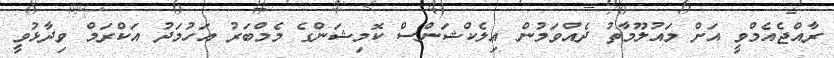
ރާއްޖެއެމްވީ އަށް މައުލޫމާތު ދެއްވަމުން އިލެކްޝަންސް ކޮމިޝަންގެ މެމްބަރު އަހުމަދު އަކްރަމް ވިދާޅުވީ